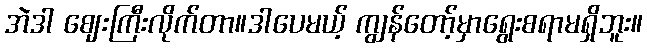
အဲဒါ ဈေးကြီးလိုက်တာ။ဒါပေမယ့် ကျွန်တော့်မှာရွေးစရာမရှိဘူး။